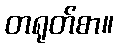
တရုတ်စာ။